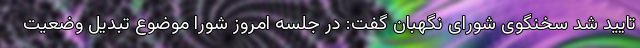
تایید شد سخنگوی شورای نگهبان گفت: در جلسه امروز شورا موضوع تبدیل وضعیت